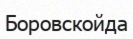
Боровскойда